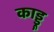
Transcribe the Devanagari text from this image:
काड्डू